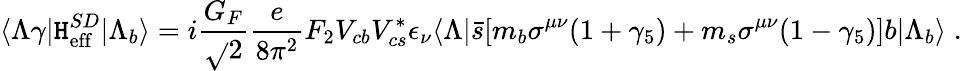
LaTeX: \langle\Lambda\gamma|{\cal\mathtt{H}}_{\mathrm{{eff}}}^{SD}|\Lambda_{b}\rangle=i\frac{{G_{F}}}{{\sqrt{}{2}}}\frac{{e}}{{8\pi^{2}}}F_{2}V_{cb}V_{cs}^{*}\epsilon_{\nu}\langle\Lambda|\bar{{s}}[m_{b}\sigma^{\mu\nu}(1+\gamma_{5})+m_{s}\sigma^{\mu\nu}(1-\gamma_{5})]b|\Lambda_{b}\rangle\; .